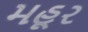
મહૂર